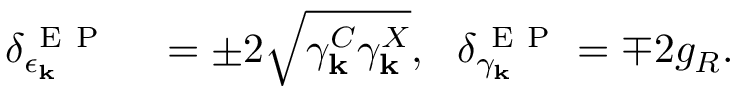
\begin{array} { r l } { \delta _ { \epsilon _ { \bf k } } ^ { \mathrm { ~ E ~ P ~ } } } & { { } = \pm 2 \sqrt { \gamma _ { \bf k } ^ { C } \gamma _ { \bf k } ^ { X } } , ~ ~ \delta _ { \gamma _ { \bf k } } ^ { \mathrm { ~ E ~ P ~ } } = \mp 2 g _ { R } . } \end{array}